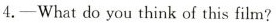
4.—What do you think of this film?